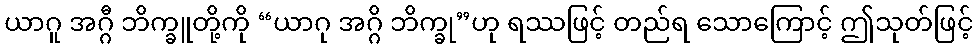
ယာဂူ အဂ္ဂီ ဘိက္ခူတို့ကို “ယာဂု အဂ္ဂိ ဘိက္ခု”ဟု ရဿဖြင့် တည်ရ သောကြောင့် ဤသုတ်ဖြင့်